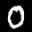
Label: 0